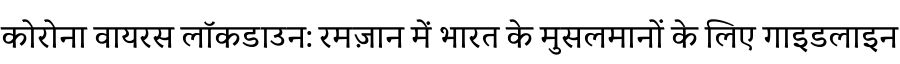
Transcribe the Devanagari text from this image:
कोरोना वायरस लॉकडाउन: रमज़ान में भारत के मुसलमानों के लिए गाइडलाइन